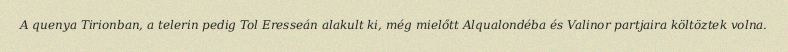
A quenya Tirionban, a telerin pedig Tol Eresseán alakult ki, még mielőtt Alqualondéba és Valinor partjaira költöztek volna.